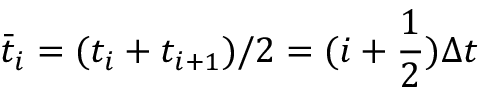
\bar { t } _ { i } = ( t _ { i } + t _ { i + 1 } ) / 2 = ( i + \frac 1 2 ) \Delta t